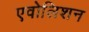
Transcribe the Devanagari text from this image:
एवोलिशन